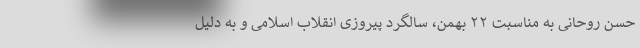
حسن روحانی به مناسبت ۲۲ بهمن، سالگرد پیروزی انقلاب اسلامی و به دلیل